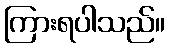
ကြားရပါသည်။